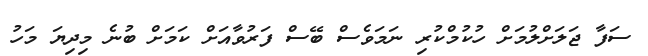
ސަފާ ޖަލަށްލުމަށް ހުކުމްކުރި ނަމަވެސް ބޭސް ފަރުވާއަށް ކަމަށް ބުނެ މިދިޔަ މަހު